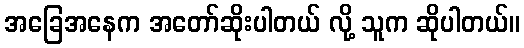
အခြေအနေက အတော်ဆိုးပါတယ် လို့ သူက ဆိုပါတယ်။